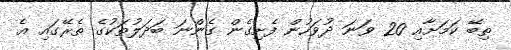
ތިބޭ ކަމަށާއި 20 ވަނަ ދުވަހުން ފެށިގެން ގެންނަ ބަދަލުތަކުގެ ތެރޭގައި އެ